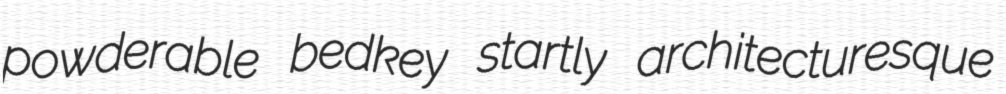
powderable bedkey startly architecturesque